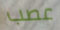
عصب